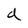
Character: d